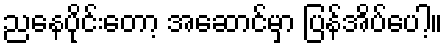
ညနေပိုင်းတော့ အဆောင်မှာ ပြန်အိပ်ပေါ့။